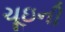
ચૂઇની